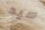
سيد